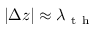
| \Delta z | \approx \lambda _ { \mathrm { ~ t ~ h ~ } }